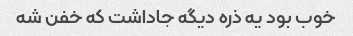
خوب بود یه ذره دیگه جاداشت که خفن شه